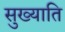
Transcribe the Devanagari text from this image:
सुख्याति